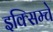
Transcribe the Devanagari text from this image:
इक्सिम्चे